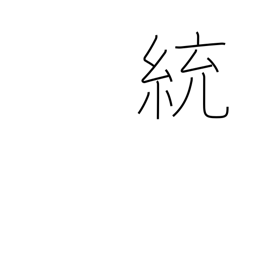
Meaning: governing